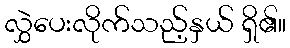
လွှဲပေးလိုက်သည့်နှယ် ရှိ၏။